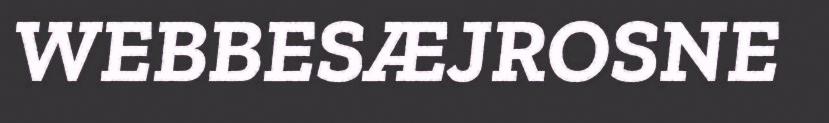
WEBBESÆJROSNE